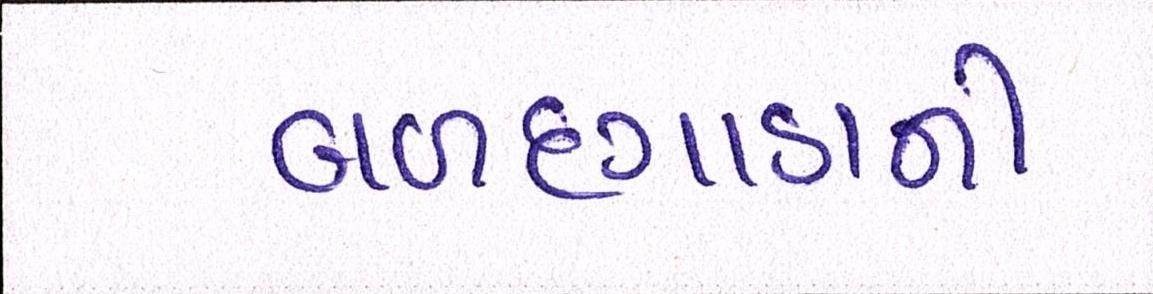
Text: બળદગાડાની